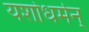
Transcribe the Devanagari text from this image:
यशोधर्मन्‌